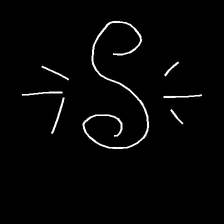
Glyph: wind-directs-air